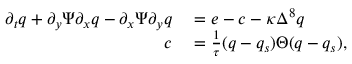
\begin{array} { r l } { \partial _ { t } q + \partial _ { y } \Psi \partial _ { x } q - \partial _ { x } \Psi \partial _ { y } q } & { { } = e - c - \kappa \Delta ^ { 8 } q } \\ { c } & { { } = \frac { 1 } { \tau } ( q - q _ { s } ) \Theta ( q - q _ { s } ) , } \end{array}